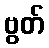
ဗွတ်